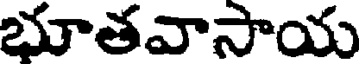
భూతవాసాయ